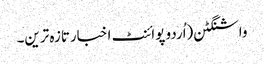
واشنگٹن(اُردو پوائنٹ اخبارتازہ ترین۔